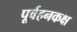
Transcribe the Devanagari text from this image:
पूर्वहनकक्ष